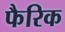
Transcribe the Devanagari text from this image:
फैरिक